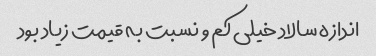
اندازه سالاد خیلی کم و نسبت به قیمت زیاد بود